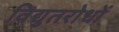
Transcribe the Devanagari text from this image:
विद्युतरोधों